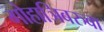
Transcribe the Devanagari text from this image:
गोहाञिबरुवा